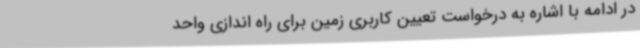
در ادامه با اشاره به درخواست تعیین کاربری زمین برای راه اندازی واحد